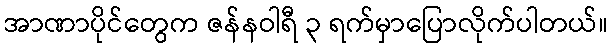
အာဏာပိုင်တွေက ဇန်နဝါရီ ၃ ရက်မှာပြောလိုက်ပါတယ်။